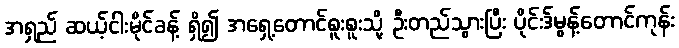
အရှည် ဆယ့်ငါးမိုင်ခန့် ရှိ၍ အရှေ့တောင်စူးစူးသို့ ဦးတည်သွားပြီး ပိုင်းဒ်မွန့်တောင်ကုန်း